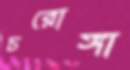
চরোঙ্গা